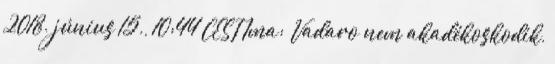
2018. június 15., 10:44 CEST Ima: Vadaro nem akadékoskodik,